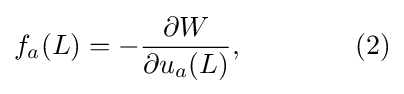
f_{a}(L)=-{\frac {\partial W}{\partial u_{a}(L)}},\qquad \qquad (2)